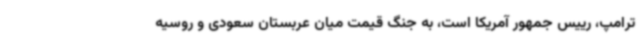
ترامپ، رییس جمهور آمریکا است، به جنگ قیمت میان عربستان سعودی و روسیه